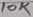
Text: 10K